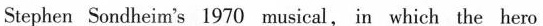
Stephen Sondheim's 1970 musical, in which the hero